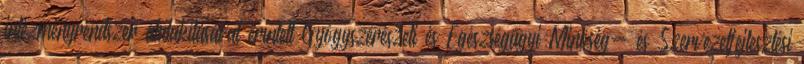
intézményrendszer átalakításával érintett Gyógyszerészeti és Egészségügyi Minőség- és Szervezetfejlesztési